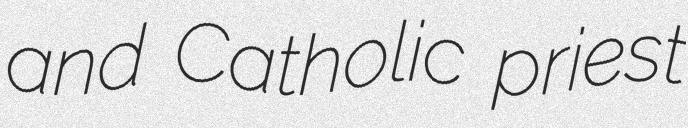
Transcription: and Catholic priest